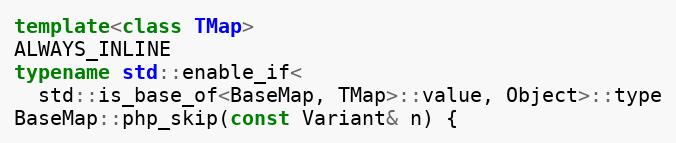
Language: C++
template<class TMap>
ALWAYS_INLINE
typename std::enable_if<
  std::is_base_of<BaseMap, TMap>::value, Object>::type
BaseMap::php_skip(const Variant& n) {